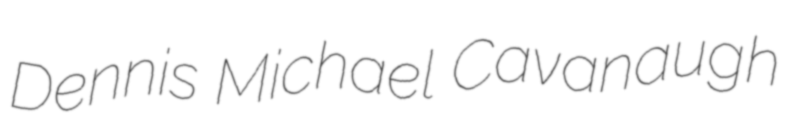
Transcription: Dennis Michael Cavanaugh